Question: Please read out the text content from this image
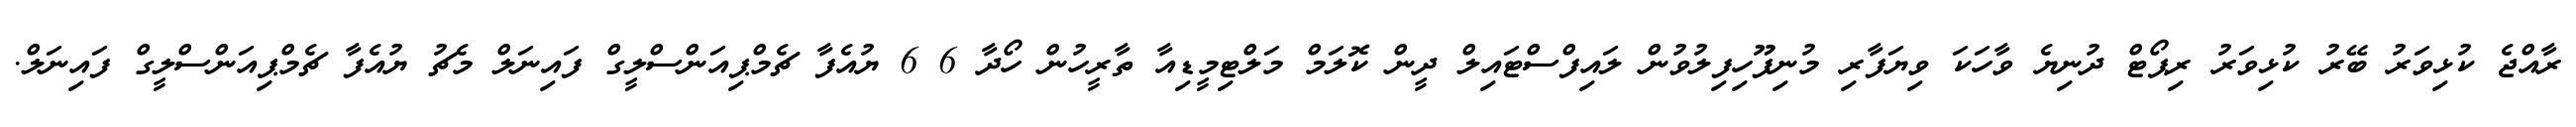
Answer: ރާއްޖެ ކުޅިވަރު ބޭރު ކުޅިވަރު ރިޕޯޓް ދުނިޔެ ވާހަކަ ވިޔަފާރި މުނިފޫހިފިލުވުން ލައިފްސްޓައިލް ދީން ކޮލަމް މަލްޓިމީޑިއާ ތާރީހުން ހޯދާ 6 6 ޔުއެފާ ޗެމްޕިއަންސްލީގް ފައިނަލް މެޗު ޔުއެފާ ޗެމްޕިއަންސްލީގް ފައިނަލް.